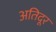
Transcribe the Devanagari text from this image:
अतिदूर